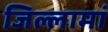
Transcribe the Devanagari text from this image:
जिल्लामां